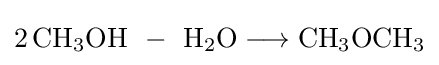
{2\,\mathrm {CH} {\vphantom {A}}_{\smash[{t}]{3}}\mathrm {OH} ~\;{-}\;~\mathrm {H} {\vphantom {A}}_{\smash[{t}]{2}}\mathrm {O} {}\mathrel {\longrightarrow } {}\mathrm {CH} {\vphantom {A}}_{\smash[{t}]{3}}\mathrm {OCH} {\vphantom {A}}_{\smash[{t}]{3}}}